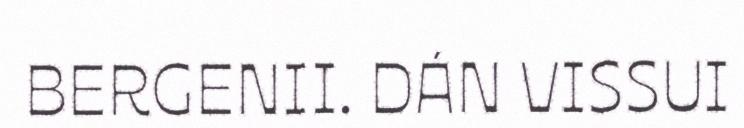
BERGENII. DÁN VISSUI